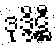
ဒုဒ္ဒိဋ္ဌီ